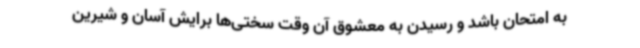
به امتحان باشد و رسیدن به معشوق آن وقت سختی‌ها برایش آسان و شیرین